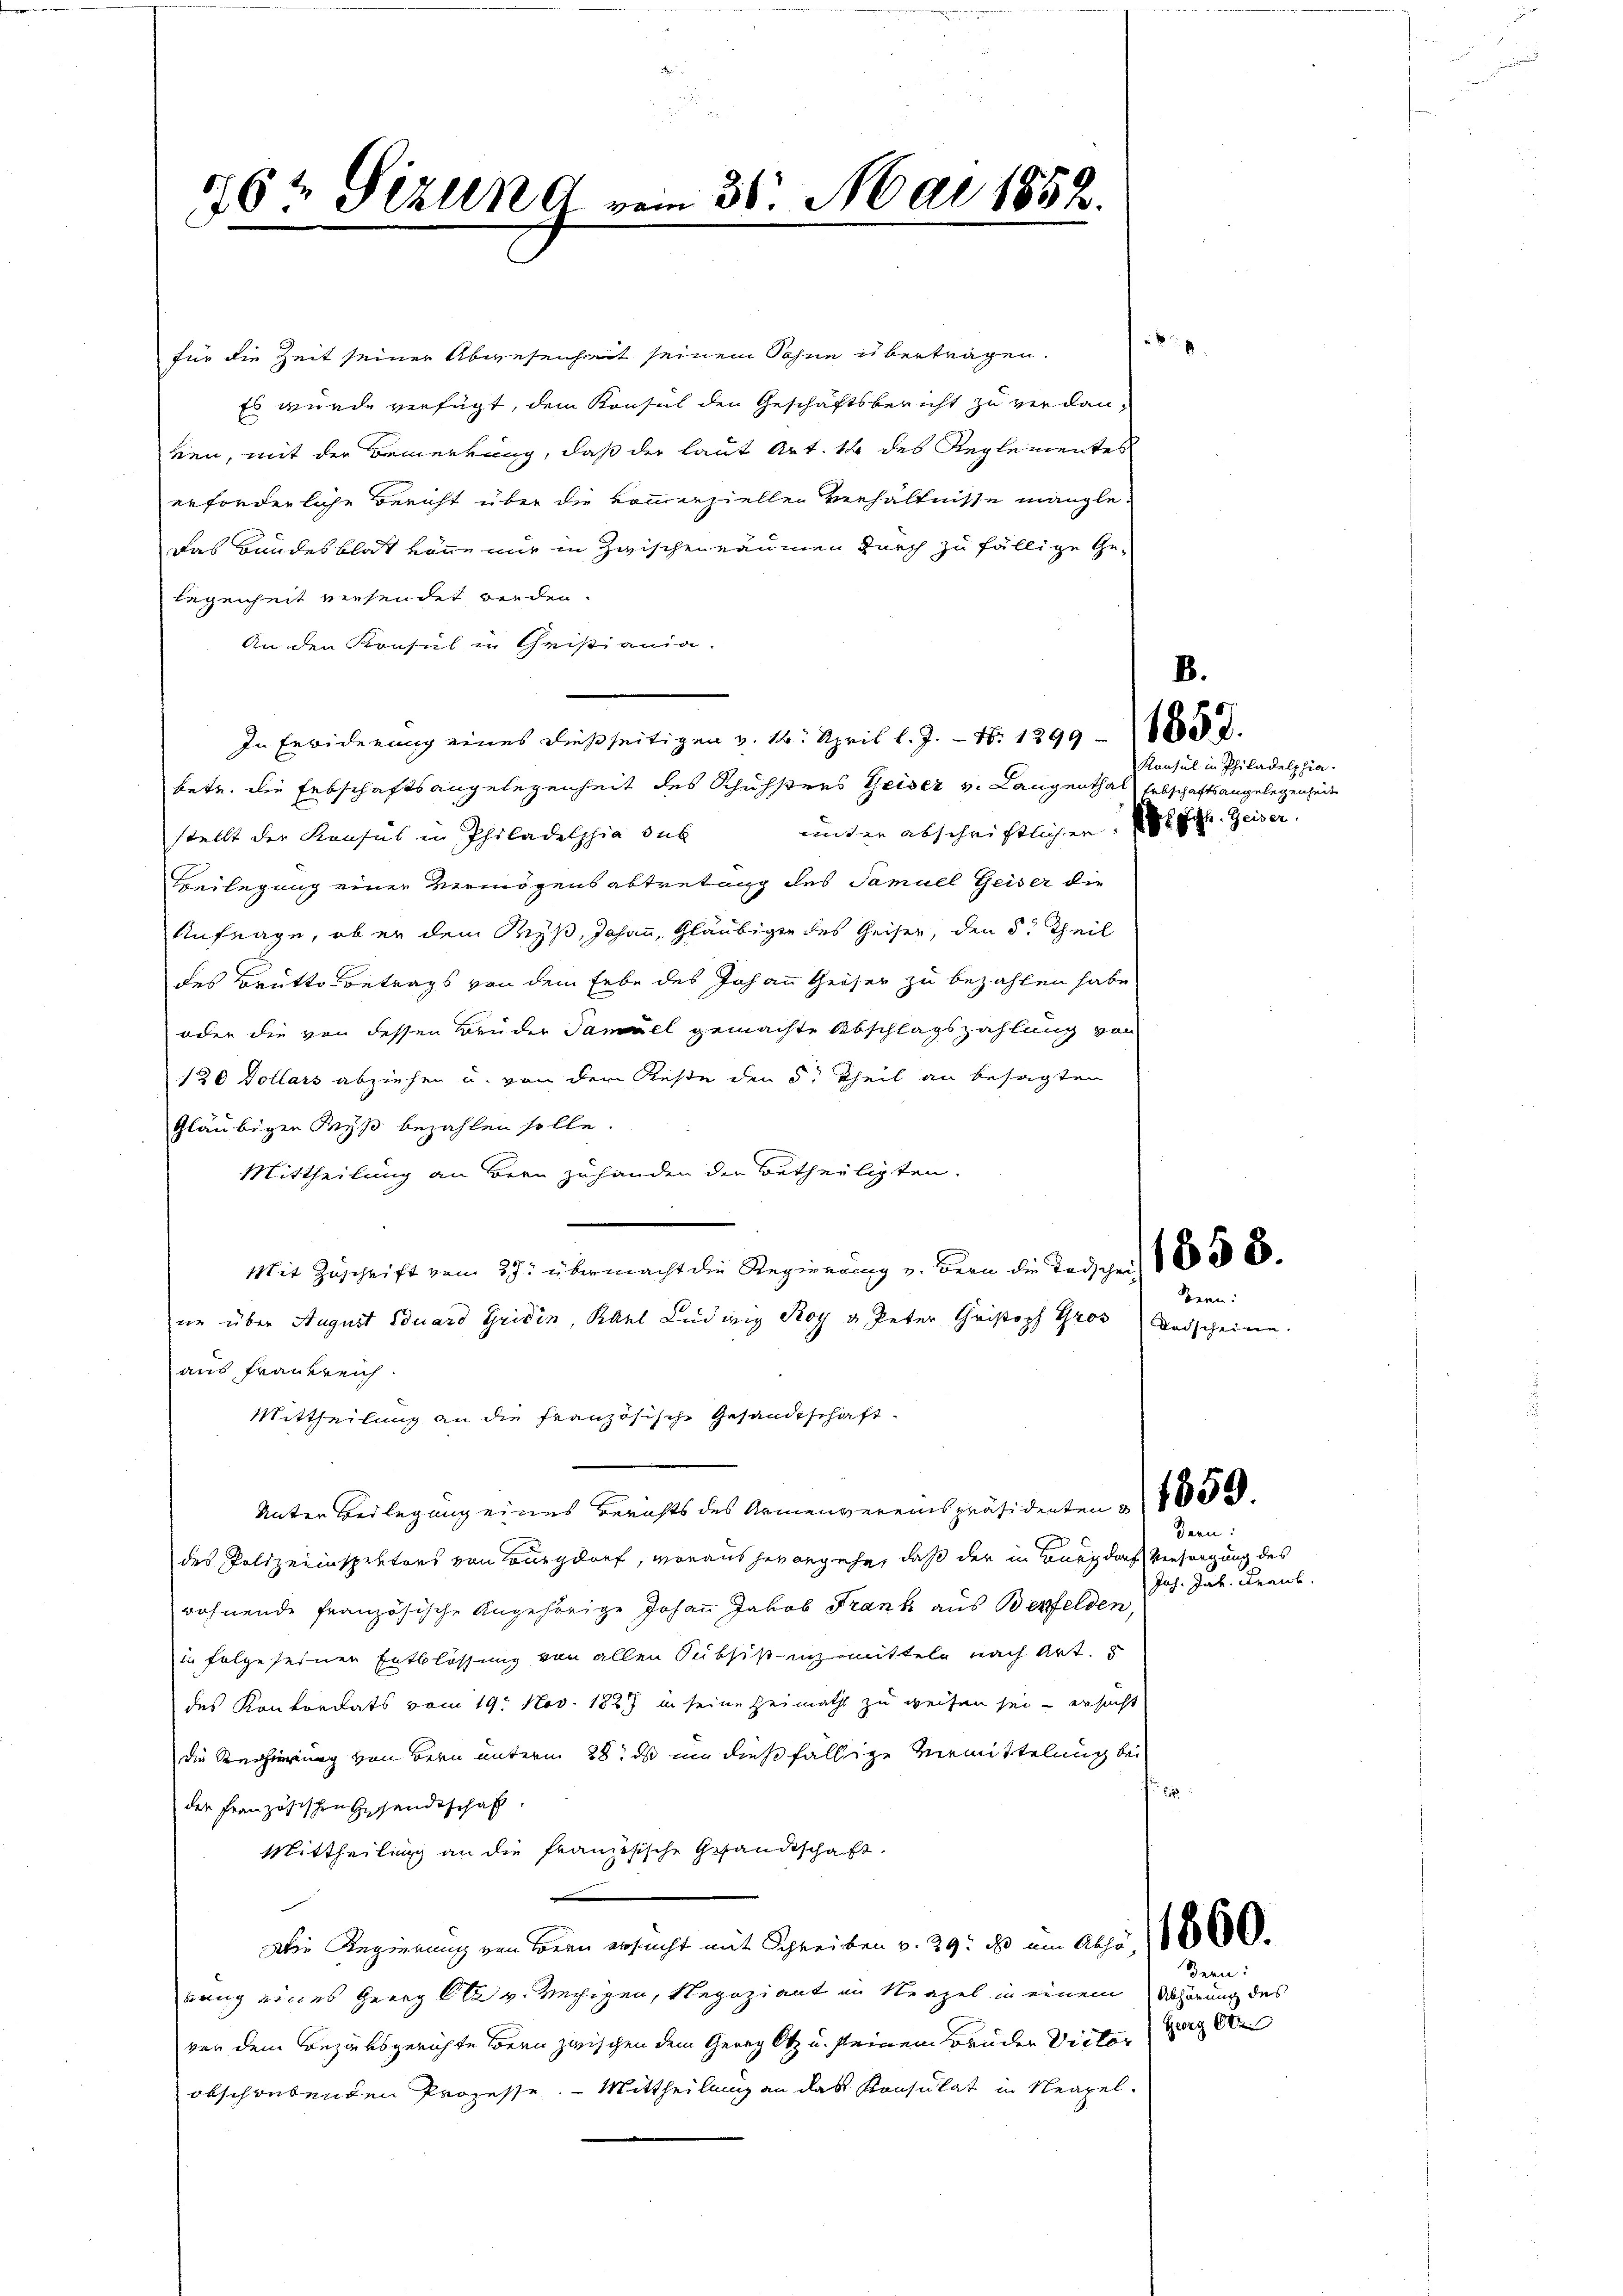
für die Zeit seiner Abwesenheit seinem Sohne überträgen.
Es wurde verfügt, dem Konsul den Geschäftsbericht zu verdanken, mit der Bemerkung, daß der laut Art. 14 des Reglementes
erforderliche Bericht über die kommerziellen Verhältnisse mangle
Das Bandesblat könne mir in Zwischenräumen durch zu fällige Ge-
legenheit versendet werden.
An den Konsul in Christiania.
B.
In Erwiderung eines dießseitigen v. 1. April l. J. - N: 1299 - 18888.
betr. die Erbschaftsangelegenheit des Schuhsters Geiser v. Langenthal Erbschaftsangelegenheit
under abschriftlichen St. Guhl. Geiser.
stellt der Kaufes in Philadelphia sub
Beilegung einer Vermögensabtretung des Samuel Geiser die
Anfrage, ob er dem Wyß, Johann, Gläubigen des Geiser, den 5 Theil
des Brutto Betrags von dem Lebe des Johann Geiser zu bezahlen habe
oder die von dessen Brüder Samuel gemachte Abschlagszahlung von
120 Dollars abziehen u. von dem Reste den 5 Theil an besagten
Gläubigen Reyß bezahlen solle.
Mittheilung an Bern zu handen der Betheiligten.
Mit Zuschrift vom 27. übermacht die Regierung u. Bern die Todscheit 1836.
nn über August Eduard Griden, Karl Ludwig Roy v. Peter Christoph Tros Todscheine.
aus Frankreich.
Mittheilung an die französische Gesandtschaft.
Unter Beilegung eines Berichts des Armenvereinspräsidenten § 4000.
des Polizeiinspektors von Burgdorf, woraus hervorgehe, daß der in Burgdorf, Versorgung des
röhnende französische Angehörige Johann Jakob Frank aus Benfelden,
in folge seiner Entblösung von allen Subsistenz mitteln nach Art.
des Konkordats vom 19. Nov. 1827 in seine Heimath zu weisen sei – ersucht
die Regierung von Bern unterm 28. ds um dießfällige Vermittelung bei
6
der Französischen Gesandtschaft.
Mittheilung an die französische Gesandtschaft
Die Regierung von Bern ersucht mit Schreiben v. 29. ds um Aug. 11660.
rung eines Georg Ota v. Wechigen, Regoziant in Neapel in einem Abhörung des
von dem Bezirksgerichte Bern zwischen dem Genug Otz u. seinem Brander Victor Gg Obe
obschribenden Prozesse. — Mittheilung an das Konsulat in Neapel.

16½ Sizung vom 31. Mai 1852.

Konsul in Philadelphia.

Bern:

dern:
Jah. Jak. Frank.

Bern:

8